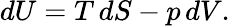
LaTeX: dU=T\, dS-p\, dV.